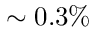
\sim 0 . 3 \%